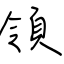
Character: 領